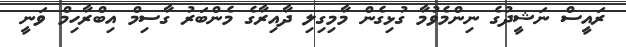
ރައީސް ނަޝީދުގެ ނިންމެވުމާ ގުޅިގެން މާމިގިލި ދާއިރާގެ މެންބަރު ގާސިމް އިބްރާހިމް ވަނީ